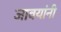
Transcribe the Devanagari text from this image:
जावयांनी